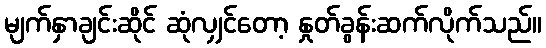
မျက်နှာချင်းဆိုင် ဆုံလျှင်တော့ နှုတ်ခွန်းဆက်လိုက်သည်။